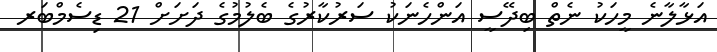
އަޅާލާނެ މީހަކު ނެތް ބިދޭސީ އަންހެނަކު ސަރުކާރުގެ ބެލުމުގެ ދަށަށް 21 ޑިސެމްބަރ